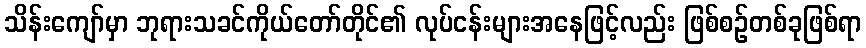
သိန်းကျော်မှာ ဘုရားသခင်ကိုယ်တော်တိုင်၏ လုပ်ငန်းများအနေဖြင့်လည်း ဖြစ်စဉ်တစ်ခုဖြစ်ရာ